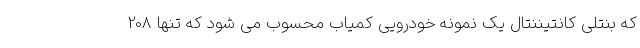
که بنتلی کانتیننتال یک نمونه خودرویی کمیاب محسوب می شود که تنها 208